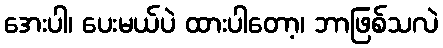
အေးပါ၊ ပေးမယ်ပဲ ထားပါတော့၊ ဘာဖြစ်သလဲ